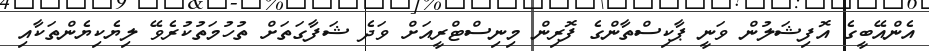
އެންއޭބީގެ އޮފިޝަލުން ވަނީ ޕާކިސްތާންގެ ފޮރިން މިނިސްޓްރީއަށް ވަދެ ޝަފާގަތަށް ތުހުމަތުކުރެވޭ ލިޔެކިޔެންތަކާއި